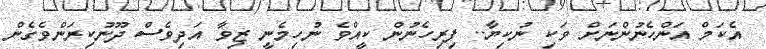
އެކަމް އަންހެނުންނަށް ވަކި ނުކިޔާ.. ފިރިހެނުން ކީއްވެ ނުހިމެނީ ޒިވާ އަދިވެސް ދޫނުކިރަންވެގެން